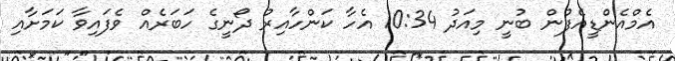
އެމްއެންޑީއެފުން ބުނީ މިއަދު 10:34 އެހާ ކަންހާއިރު ދޯނީގެ ހަބަރެއް ވެފައިވާ ކަމަށާއި